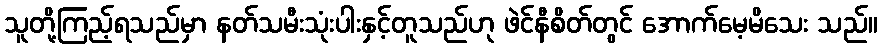
သူတို့ကြည့်ရသည်မှာ နတ်သမီးသုံးပါးနှင့်တူသည်ဟု ဖဲင်နီစိတ်တွင် အောက်မေ့မိသေး သည်။